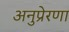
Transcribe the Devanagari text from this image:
अनुप्रेरणा